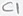
Text: C1